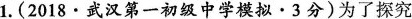
1.(2018·武汉第一初级中学模拟·3分)为了探究